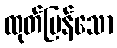
ထုတ်ပြန်သော